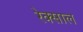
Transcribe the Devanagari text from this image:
रेक्साल